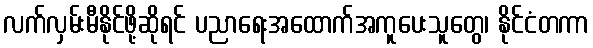
လက်လှမ်းမီနိုင်ဖို့ဆိုရင် ပညာရေးအထောက်အကူပေးသူတွေ၊ နိုင်ငံတကာ